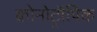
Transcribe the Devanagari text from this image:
क्रोनोट्रॉपिक